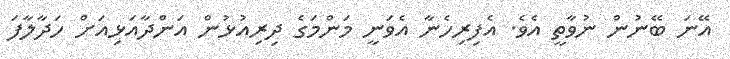
އޭނަ ބޭނުން ނުވާތީ އެވެ. އެފިރިހެނާ އެވަނީ މަންމަގެ ދިރިއުޅުން އަންދާއަޅިއަށް ހަދާލާފަ